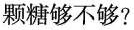
颗糖够不够?